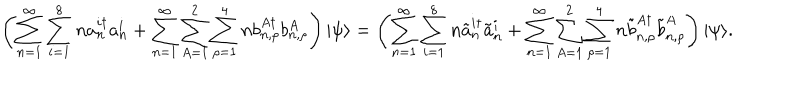
\left( \sum _ { n = 1 } ^ { \infty } \sum _ { i = 1 } ^ { 8 } n a _ { n } ^ { i \dagger } a _ { n } ^ { i } + \sum _ { n = 1 } ^ { \infty } \sum _ { A = 1 } ^ { 2 } \sum _ { \rho = 1 } ^ { 4 } n b _ { n , \rho } ^ { A \dagger } b _ { n , \rho } ^ { A } \right) | \psi \rangle = \left( \sum _ { n = 1 } ^ { \infty } \sum _ { i = 1 } ^ { 8 } n \tilde { a } _ { n } ^ { i \dagger } \tilde { a } _ { n } ^ { i } + \sum _ { n = 1 } ^ { \infty } \sum _ { A = 1 } ^ { 2 } \sum _ { \rho = 1 } ^ { 4 } n \tilde { b } _ { n , \rho } ^ { A \dagger } \tilde { b } _ { n , \rho } ^ { A } \right) | \psi \rangle .